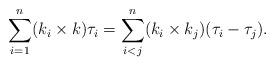
LaTeX: \begin{align*}\sum_{i=1}^n (k_i \times k) \tau_i = \sum_{i<j}^n (k_i \times k_j )(\tau_i - \tau_j) .\end{align*}